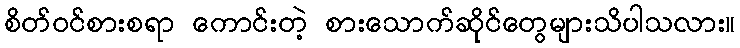
စိတ်ဝင်စားစရာ ကောင်းတဲ့ စားသောက်ဆိုင်တွေများသိပါသလား။